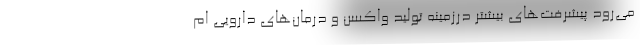
می‌رود پیشرفت‌های بیشتر درزمینه تولید واکسن و درمان‌های دارویی ام